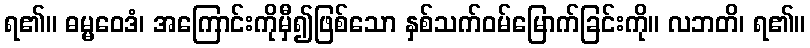
ရ၏။ ဓမ္မဝေဒံ၊ အကြောင်းကိုမှီ၍ဖြစ်သော နှစ်သက်ဝမ်မြောက်ခြင်းကို။ လဘတိ၊ ရ၏။